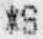
*S